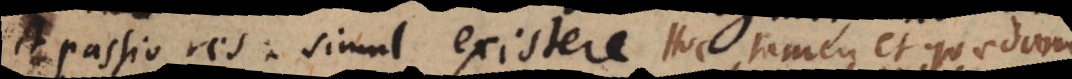
passio res simul existere. Hoc tamen et quaedam